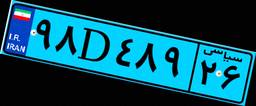
۹۸D۴۸۹۲۶